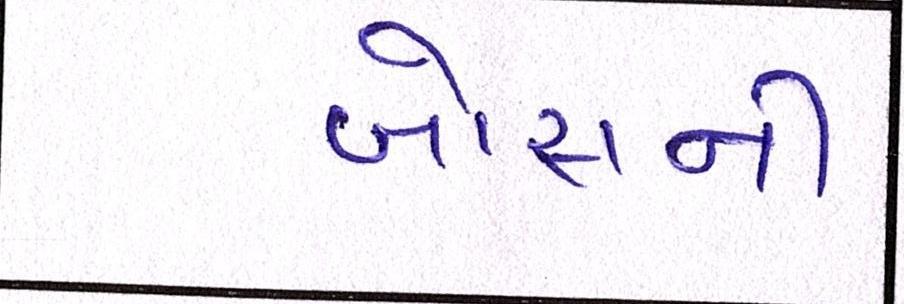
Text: બોસની